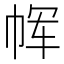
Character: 𫷅